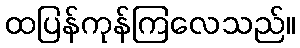
ထပြန်ကုန်ကြလေသည်။